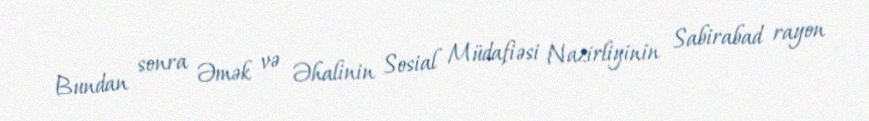
Bundan sonra Əmək və Əhalinin Sosial Müdafiəsi Nazirliyinin Sabirabad rayon